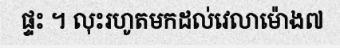
ផ្ទះ ។ លុះរហូតមកដល់វេលាម៉ោង៧